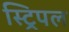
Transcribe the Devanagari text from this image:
स्ट्रिपल